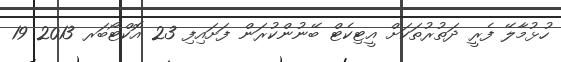
ހުޅުމާލޭ ފެރީ ދަތުރުތަކަށް އީޓިކެޓް ބޭނުންކުރަން ފަށައިފި 23 އޮކްޓޯބަރ 2013 19